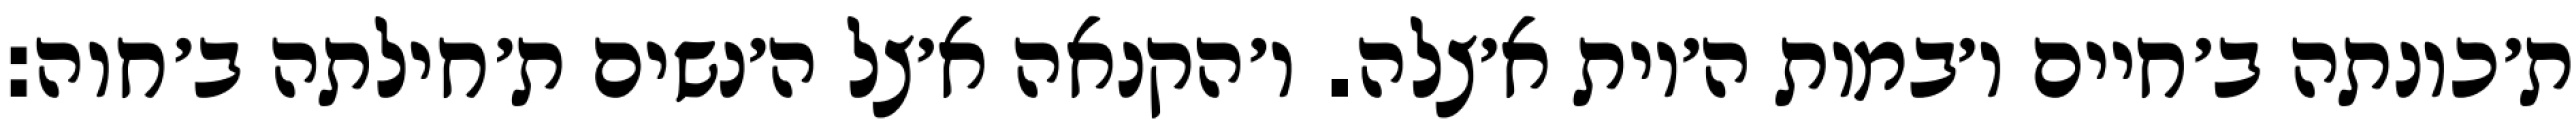
ת׳כונתה ב׳חיים ו׳במות ה׳יות א׳צלה. ו׳הקנאה א׳צל ה׳נשים ת׳חילתה ב׳חוה: